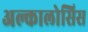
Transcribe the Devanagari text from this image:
अल्कालोसिस